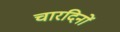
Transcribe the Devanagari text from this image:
चारदिनों